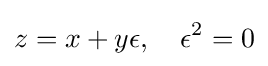
z=x+y\epsilon ,\quad \epsilon ^{2}=0